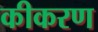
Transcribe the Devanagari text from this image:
कीकरण